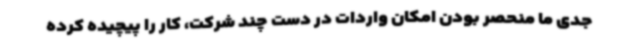
جدی ما منحصر بودن امکان واردات در دست چند شرکت، کار را پیچیده کرده